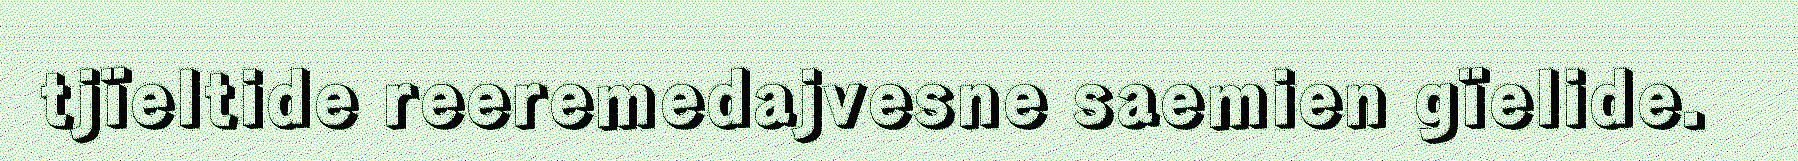
tjïeltide reeremedajvesne saemien gïelide.